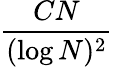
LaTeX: \frac{CN}{(\log N)^{2}}